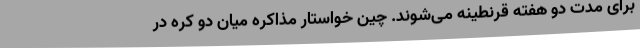
برای مدت دو هفته قرنطینه می‌شوند. چین خواستار مذاکره میان دو کره در